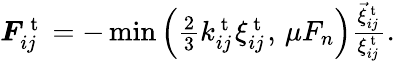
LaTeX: \begin{array}{r}{\boldsymbol{F}_{ij}^{\mathrm{~t~}}=-\operatorname*{min}\left(\frac{2}{3}k_{ij}^{\mathrm{~t~}}\xi_{ij}^{\mathrm{~t~}},\, \mu F_{n}\right)\frac{\vec{\xi}_{ij}^{\mathrm{~t~}}}{\xi_{ij}^{\mathrm{~t~}}}.}\end{array}